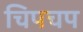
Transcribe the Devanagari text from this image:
चिपचप